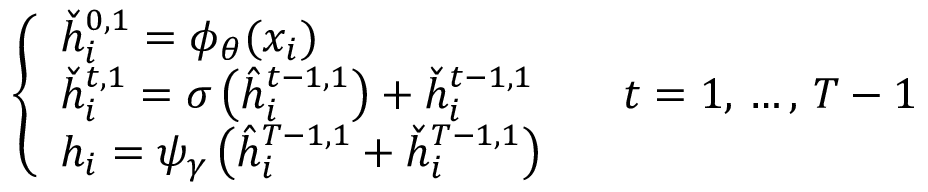
\begin{array} { r } { \left\{ \begin{array} { l l } { \check { h } _ { i } ^ { 0 , 1 } = \phi _ { \theta } ( x _ { i } ) } \\ { \check { h } _ { i } ^ { t , 1 } = \sigma \left( \hat { h } _ { i } ^ { t - 1 , 1 } \right) + \check { h } _ { i } ^ { t - 1 , 1 } \qquad t = 1 , \, \dots , \, T - 1 } \\ { h _ { i } = \psi _ { \gamma } \left( \hat { h } _ { i } ^ { T - 1 , 1 } + \check { h } _ { i } ^ { T - 1 , 1 } \right) } \end{array} \right. } \end{array}